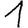
Digit: 1